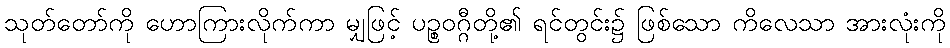
သုတ်တော်ကို ဟောကြားလိုက်ကာ မျှဖြင့် ပဉ္စဝဂ္ဂီတို့၏ ရင်တွင်း၌ ဖြစ်သော ကိလေသာ အားလုံးကို